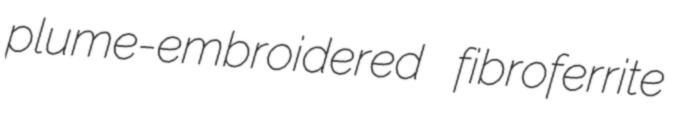
plume-embroidered fibroferrite